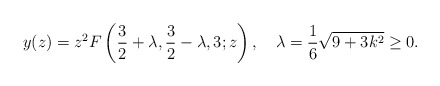
\begin{align*}y(z)=z^2 F\left(\frac{3}{2}+\lambda,\frac{3}{2}-\lambda,3;z\right),\quad \lambda=\frac{1}{6}\sqrt{9+3k^2}\ge 0.\end{align*}